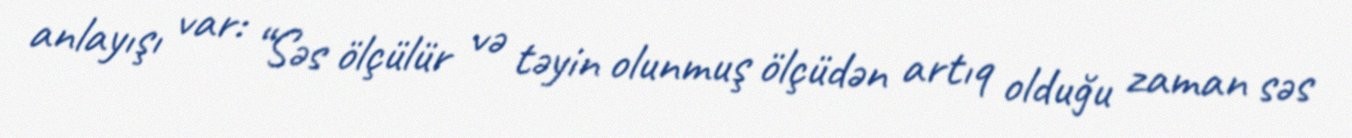
anlayışı var: “Səs ölçülür və təyin olunmuş ölçüdən artıq olduğu zaman səs